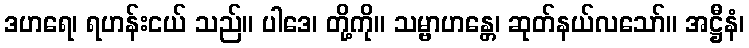
ဒဟရေ၊ ရဟန်းငယ် သည်။ ပါဒေ၊ တို့ကို။ သမ္ဗာဟန္တေ၊ ဆုတ်နယ်လသော်။ အဋ္ဌီနံ၊